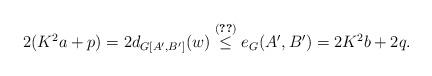
LaTeX: \begin{align*} 2(K^2 a +p) = 2 d_{G[A',B']} (w) \stackrel{(\ref{eq:degw})}{\le} e_G(A',B') = 2 K^2 b+ 2q.\end{align*}